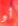
أو